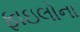
ફાઇલોના